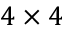
4 \times 4